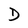
Character: D